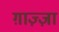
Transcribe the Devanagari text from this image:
ग़ाज़्ज़ा